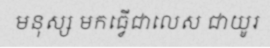
មនុស្ស មកធ្វើជាលេស ជាយូរ